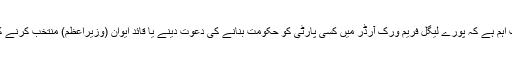
یہاں یہ بات بہت اہم ہے کہ پورے لیگل فریم ورک آرڈر میں کسی پارٹی کو حکومت بنانے کی دعوت دینے یا قائد ایوان (وزیراعظم) منتخب کرنے کا ذکر نہیں ہے۔